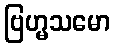
ဗြဟ္မသမော